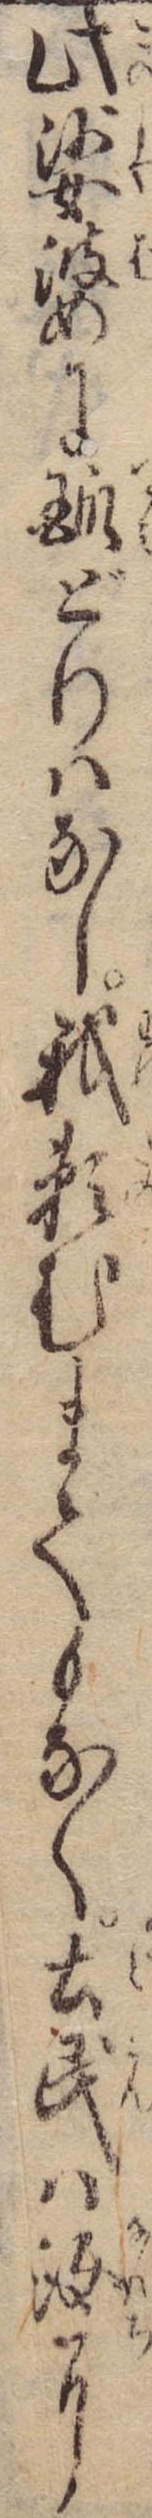
此娑婆にどりはなし我頼むまでもなく土民は汝に